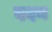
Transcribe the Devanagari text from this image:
ददन